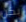
بكن